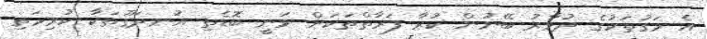
އެ މަގުތަކުގެ ދުވާރު ބޭނުން ކުރާ ފަރާތްތަކަށް ވަނީ ބޮޑެތި އުނދަގޫތަކާ ކުރިމަތި